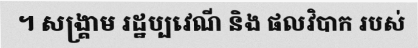
។ សង្គ្រាម រដ្ឋប្បវេណី និង ផលវិបាក របស់